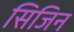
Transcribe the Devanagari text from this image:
सिजिन